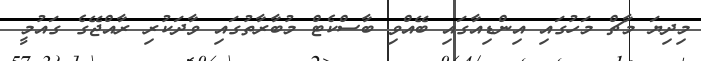
މިދިޔަ މާޗް މަހުގައި އިންޑިއާގައި ބޭއްވި ބާސްކެޓް މުބާރާތުގައި ވާދަކުރި ރާއްޖޭގެ ގައުމީ